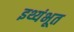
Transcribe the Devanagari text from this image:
इथ्यंभूत